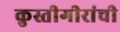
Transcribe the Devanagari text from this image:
कुस्तीगीरांची